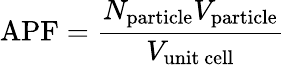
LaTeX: \mathrm{APF}={\frac{N_{\mathrm{particle}}V_{\mathrm{particle}}}{V_{\mathrm{unit~cell}}}}